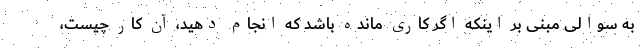
به سوالی مبنی بر اینکه اگر کاری مانده باشد که انجام دهید، آن کار چیست،